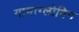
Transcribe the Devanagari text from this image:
गामाग्लोबिन